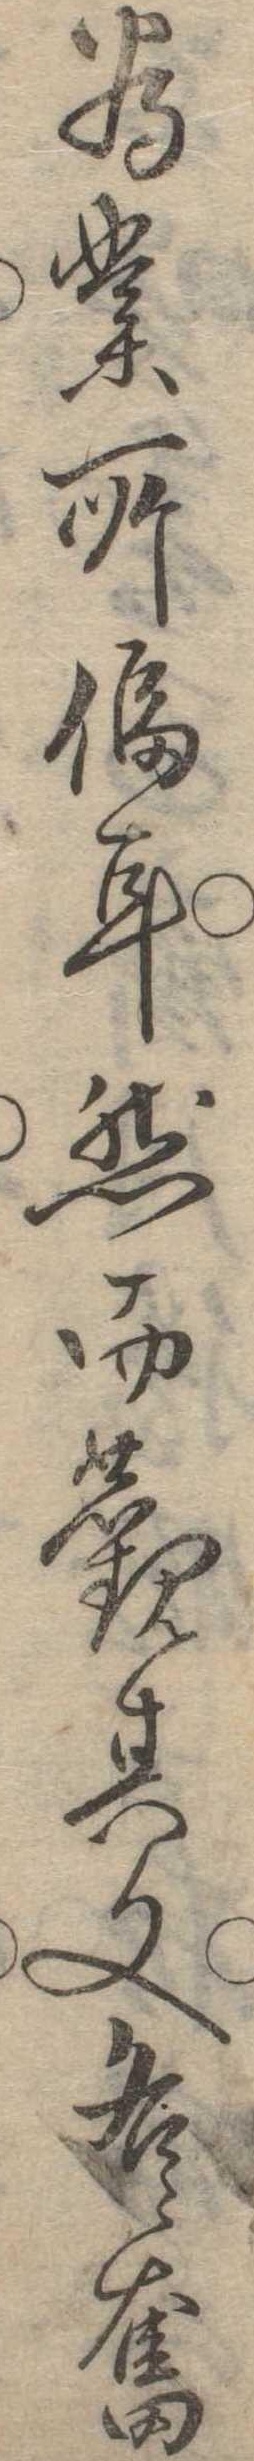
為業所耳然而観其文各奮